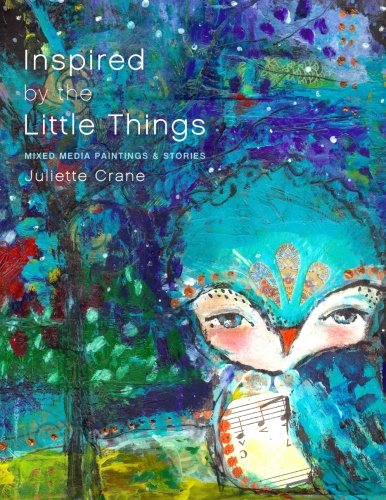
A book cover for Inspired by the Little Things - Mixed Media Paintings & Stories; Juliette Crane; Arts & Photography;